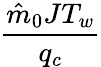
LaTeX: \frac{\hat{m}_{0}JT_{w}}{q_{c}}